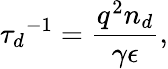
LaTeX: {\tau_{d}}^{-1}=\frac{q^{2}n_{d}}{\gamma\epsilon},